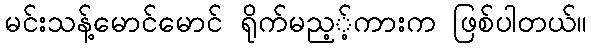
မင်းသန့်မောင်မောင် ရိုက်မည့့်ကားက ဖြစ်ပါတယ်။